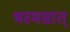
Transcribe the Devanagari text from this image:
भस्मसात्‌